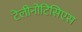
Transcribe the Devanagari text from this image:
टेलीनोटिसिएस